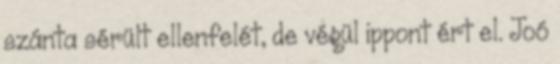
szánta sérült ellenfelét, de végül ippont ért el. Joó